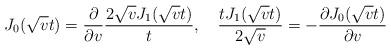
LaTeX: \begin{align*}J_0(\sqrt{v}t)=\frac{\partial}{\partial v}\frac{2\sqrt{v}J_1(\sqrt{v}t)}{t},\quad\frac{tJ_1(\sqrt{v}t)}{2\sqrt{v}}=-\frac{\partial J_0(\sqrt{v}t)}{\partial v}\end{align*}